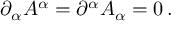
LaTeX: \partial _ { \alpha } A ^ { \alpha } = \partial ^ { \alpha } A _ { \alpha } = 0 \, .